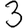
Digit: 3